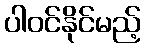
ပါဝင်နိုင်မည့်